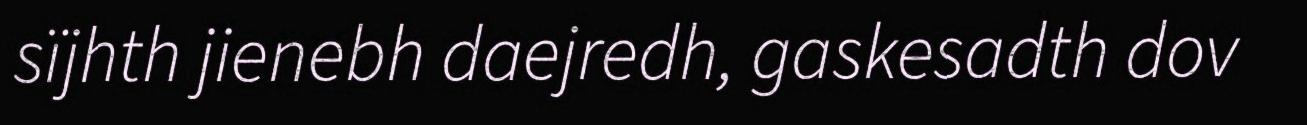
sïjhth jienebh daejredh, gaskesadth dov